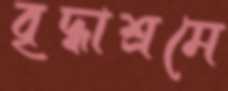
বৃদ্ধাশ্রমে